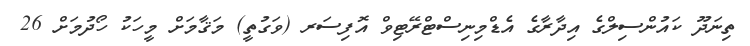
ތިނަދޫ ކައުންސިލްގެ އިދާރާގެ އެޑްމިނިސްޓްރޭޓިވް އޮފިސަރ (ވަގުތީ) މަޤާމަށް މީހަކު ހޯދުމަށް 26